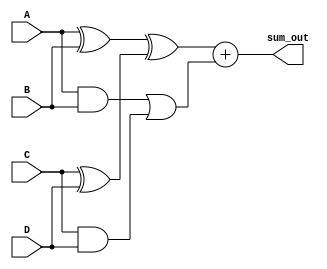
module carry_save_adder_tree (
    input [3:0] A, // Input A
    input [3:0] B, // Input B
    input [3:0] C, // Input C
    input [3:0] D, // Input D
    output [4:0] sum_out // Final sum output
);

    // Intermediate signals for the Carry Save Adder outputs
    wire [3:0] sum1, sum2, carry1, carry2;
    wire [3:0] final_sum, final_carry;

    // Carry Save Adder for first stage (A + B and C + D)
    assign sum1 = A ^ B; // Sum of A and B
    assign carry1 = A & B; // Carry of A and B

    assign sum2 = C ^ D; // Sum of C and D
    assign carry2 = C & D; // Carry of C and D

    // Second stage: Combine the results from the first stage
    wire [3:0] stage_sum, stage_carry;

    assign stage_sum = sum1 ^ sum2; // Sum of first stage sums
    assign stage_carry = carry1 | carry2; // Carry of first stage carries

    // Final stage: Combine the results from the second stage
    assign final_sum = stage_sum; // Final sum is the sum from the second stage
    assign final_carry = stage_carry; // Final carry is the carry from the second stage

    // Final output: sum_out is the final sum and carry combined
    assign sum_out = final_sum + final_carry; // Add final sum and carry

endmodule